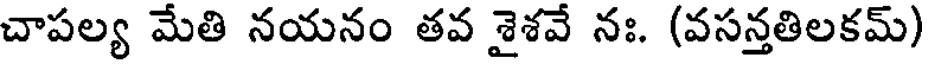
చాపల్య మేతి నయనం తవ శైశవే నః. (వసన్తతిలకమ్)